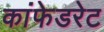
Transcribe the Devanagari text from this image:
कांफेडरेट